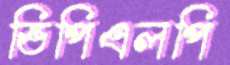
ভিপিএলপি